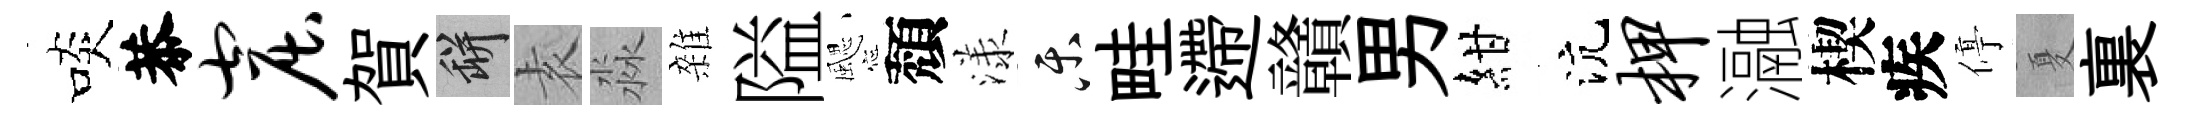
啖恭窟賀瓶𡊮淼雜隘颸頽漾乐畦遰贛男紺沆柙瀜楔疾停夏裏